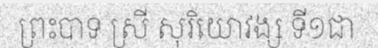
ព្រះបាទ ស្រី សុរិយោវង្ស ទី១ជា